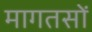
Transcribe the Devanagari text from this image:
मागतसों